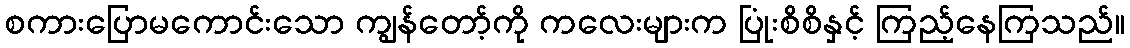
စကားပြောမကောင်းသော ကျွန်တော့်ကို ကလေးများက ပြုံးစိစိနှင့် ကြည့်နေကြသည်။